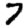
Digit: 7